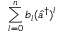
\sum _ { l = 0 } ^ { n } b _ { l } ( \hat { a } ^ { \dag } ) ^ { l }